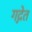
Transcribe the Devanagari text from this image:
गद्गेत